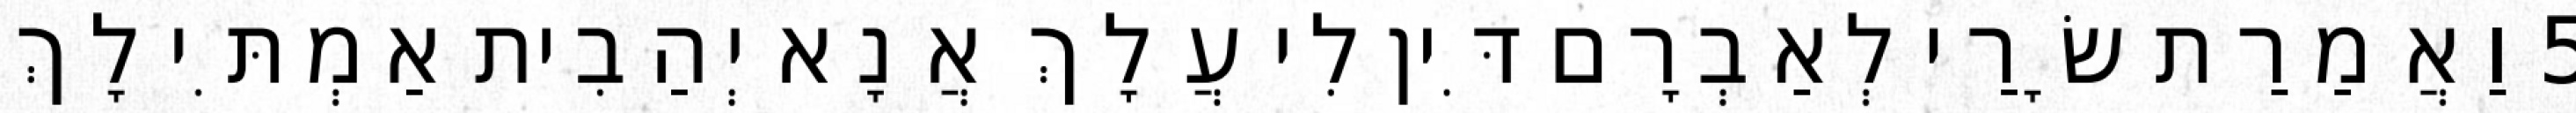
5 וַאֲמַרַת שָׂרַי לְאַבְרָם דִּין לִי עֲלָךְ אֲנָא יְהַבִית אַמְתִּי לָךְ